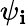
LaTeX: \psi_{\mathbf{i}}